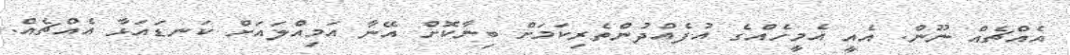
އެއްޗެއް ނޫން. އެއީ އެމީހެއްގެ އުފެއްދުންތެރިކަމަށް ބިނާކޮށް އޭނާ އަމިއްލައަށް ކަނޑައަޅާ އެއްޗެއް.